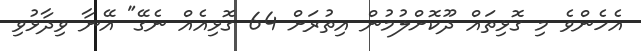
އެހެންވެ މި ގޮޅިތައް ދޫކޮށްލުމުން އިތުރަށް 64 ގޮޅިއެއް ނެގޭ" އޭނާ ވިދާޅުވި